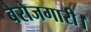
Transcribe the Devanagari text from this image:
बेरोजगारी।